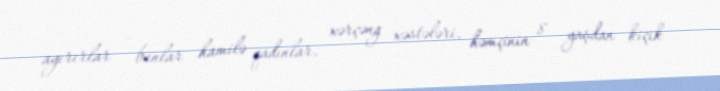
ayırırlar - bunlar hamilə qadınlar, xərçəng xəstələri, həmçinin 8 yaşdan kiçik